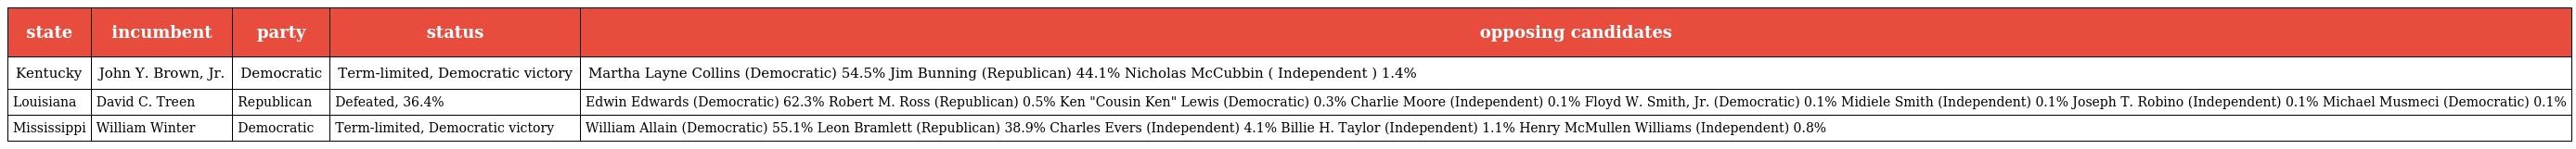
| state | incumbent | party | status | opposing candidates |
 | --- | --- | --- | --- | --- |
 | Kentucky | John Y. Brown, Jr. | Democratic | Term-limited, Democratic victory | Martha Layne Collins (Democratic) 54.5% Jim Bunning (Republican) 44.1% Nicholas McCubbin ( Independent ) 1.4% |
 | Louisiana | David C. Treen | Republican | Defeated, 36.4% | Edwin Edwards (Democratic) 62.3% Robert M. Ross (Republican) 0.5% Ken "Cousin Ken" Lewis (Democratic) 0.3% Charlie Moore (Independent) 0.1% Floyd W. Smith, Jr. (Democratic) 0.1% Midiele Smith (Independent) 0.1% Joseph T. Robino (Independent) 0.1% Michael Musmeci (Democratic) 0.1% |
 | Mississippi | William Winter | Democratic | Term-limited, Democratic victory | William Allain (Democratic) 55.1% Leon Bramlett (Republican) 38.9% Charles Evers (Independent) 4.1% Billie H. Taylor (Independent) 1.1% Henry McMullen Williams (Independent) 0.8% |